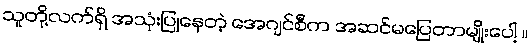
သူတို့လက်ရှိ အသုံးပြုနေတဲ့ အေဂျင်စီက အဆင်မပြေတာမျိုးပေါ့ ။